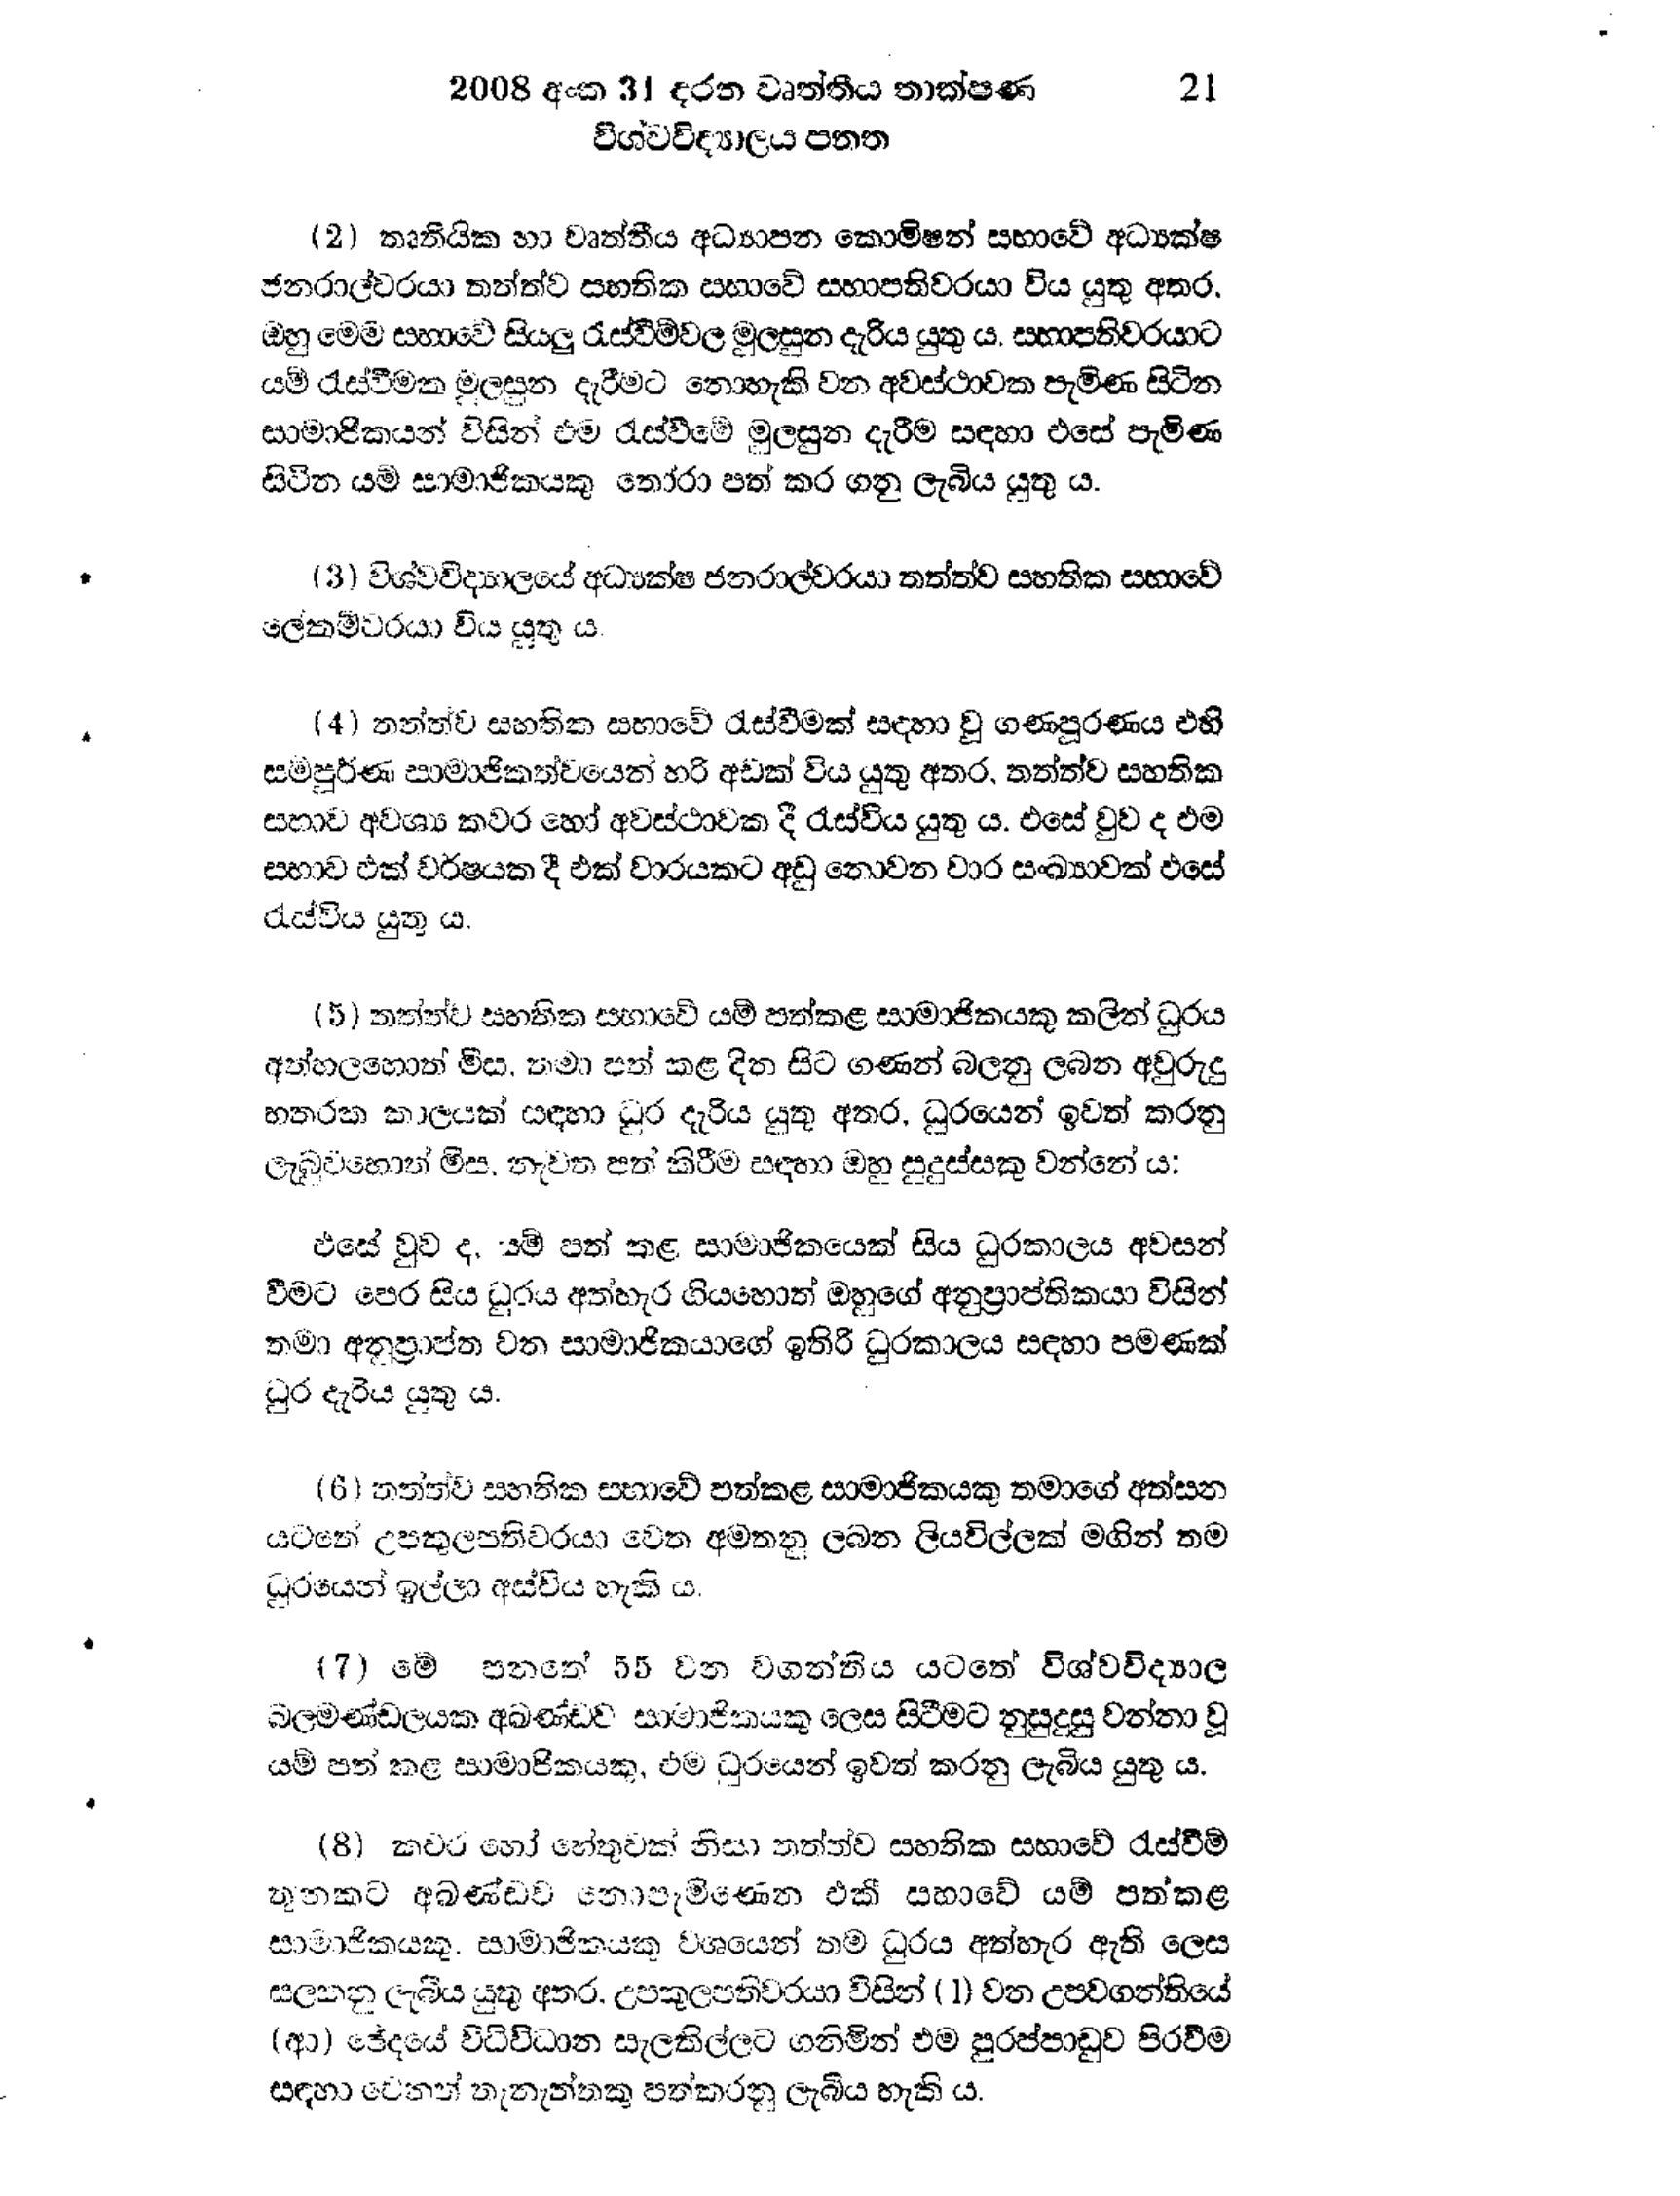
2008 අංක 31 දරන වෘත්තීය තාක්ෂණ 21
විශ්ව විද්‍යාලය පනත

(2) තෘතියික හා වෘත්තීය අධ්‍යාපන කොමිෂන් සභාවේ අධ්‍යක්ෂ
ජනරාල්වරයා තත්ත්ව සහතික සභාවේ සභාපතිවරයා විය යුතු අතර,
ඔහු මෙම සභාවේ සියලු රැස්වීම්වල මුලසුන දැරිය යුතු ය. සභාපතිවරයාට
යම් රැස්වීමක මුලසුන දැරීමට නොහැකි වන අවස්ථාවක පැමිණ සිටින
සාමාජිකයන් විසින් එම රැස්වීමේ මුලසුන දැරීම සඳහා එසේ පැමිණ
සිටින යම් සාමාජිකයකු තෝරා පත් කර ගනු ලැබිය යුතු ය.

(3) විශ්ව විද්‍යාලයේ අධ්‍යක්ෂ ජනරාල්වරයා තත්ත්ව සහතික සභාවේ
ලේකම්වරයා විය යුතු ය.

(4) තත්ත්ව සහතික සභාවේ රැස්වීමක් සඳහා වූ ගණපූරණය එහි
සම්පූර්ණ සාමාජිකත්වයෙන් හරි අඩක් විය යුතු අතර, තත්ත්ව සහතික
සභාව අවශ්‍ය කවර හෝ අවස්ථාවක දී රැස්විය යුතු ය. එසේ වුව ද එම
සභාව එක් වර්ෂයක දී එක් වාරයකට අඩු නොවන වාර සංඛ්‍යාවක් එසේ
රැස්විය යුතු ය.

(5) තත්ත්ව සහතික සභාවේ යම් පත්කළ සාමාජිකයකු කලින් ධුරය
අත්හලහොත් මිස, තමා පත් කළ දින සිට ගණන් බලනු ලබත අවුරුදු
හතරක කාලයක් සඳහා ධුර දැරිය යුතු අතර, ධුරයෙන් ඉවත් කරනු
ලැබුවහොත් මිස, නැවත පත් කිරීම සඳහා ඔහු සුදුස්සකු වන්නේ ය:

එසේ වුවද, යම් පත් කළ සාමාජිකයෙක් සිය ධුරකාලය අවසන්
වීමට පෙර සිය ධුරය අත්හැර ගියහොත් ඔහුගේ අනුප්‍රාප්තිකයා විසින්
තමා අනුප්‍රාප්ත වන සාමාජිකයාගේ ඉතිරි ධුරකාලය සඳහා පමණක්
ධුර දැරිය යුතු ය.

(6) තත්ත්ව සහතික සභාවේ පත්කළ සාමාජිකයකු තමාගේ අත්සන
යටතේ උපකුලපතිවරයා වෙත අමතනු ලබන ලියවිල්ලක් මගින් තම
ධුරයෙන් ඉල්ලා අස්විය හැකි ය.

(7) පනතේ 55 වන වගන්තිය යටතේ විශ්වවිද්‍යාල
බලමණ්ඩලයක අඛණ්ඩව සාමාජිකයකු ලෙස සිටීමට නුසුදුසු වන්නා වූ
යම් පත් කළ සාමාජිකයෙකු, එම ධුරයෙන් ඉවත් කරනු ලැබිය යුතු ය.

(8) කවර හෝ හේතුවක් නිසා තත්ත්ව සහතික සභාවේ රැස්වීම්
තුනකට අඛණ්ඩව නොපැමිණෙන එකී සභාවේ යම් පත්කළ
සාමාජිකයකු, සාමාජිකයෙකු වශයෙන් තම ධුරය අත්හැර ඇති ලෙස
සලකනු ලැබිය යුතු අතර, උපකුලපතිවරයා විසින් (1) වන උපවගන්තියේ
(ආ) ඡේදයේ විධිවිධාන සැලකිල්ලට ගනිමින් එම පුරප්පාඩුව පිරවීම
සඳහා වෙනත් තැනැත්තකු පත්කරනු ලැබීය හැකි ය.